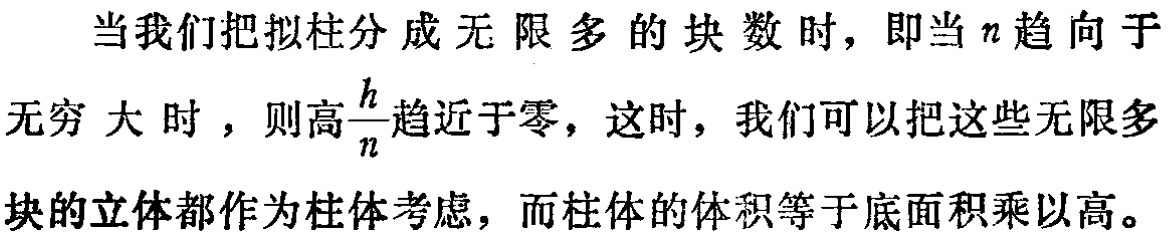
当我们把拟柱分成无限多的块数时，即当\(n\)趋向于无穷大时，则高\(\frac{h}{n}\)趋近于零，这时，我们可以把这些无限多块的立体都作为柱体考虑，而柱体的体积等于底面积乘以高。